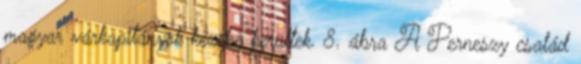
magyar várkapitányok kezébe kerültek. 8. ábra A Perneszy család